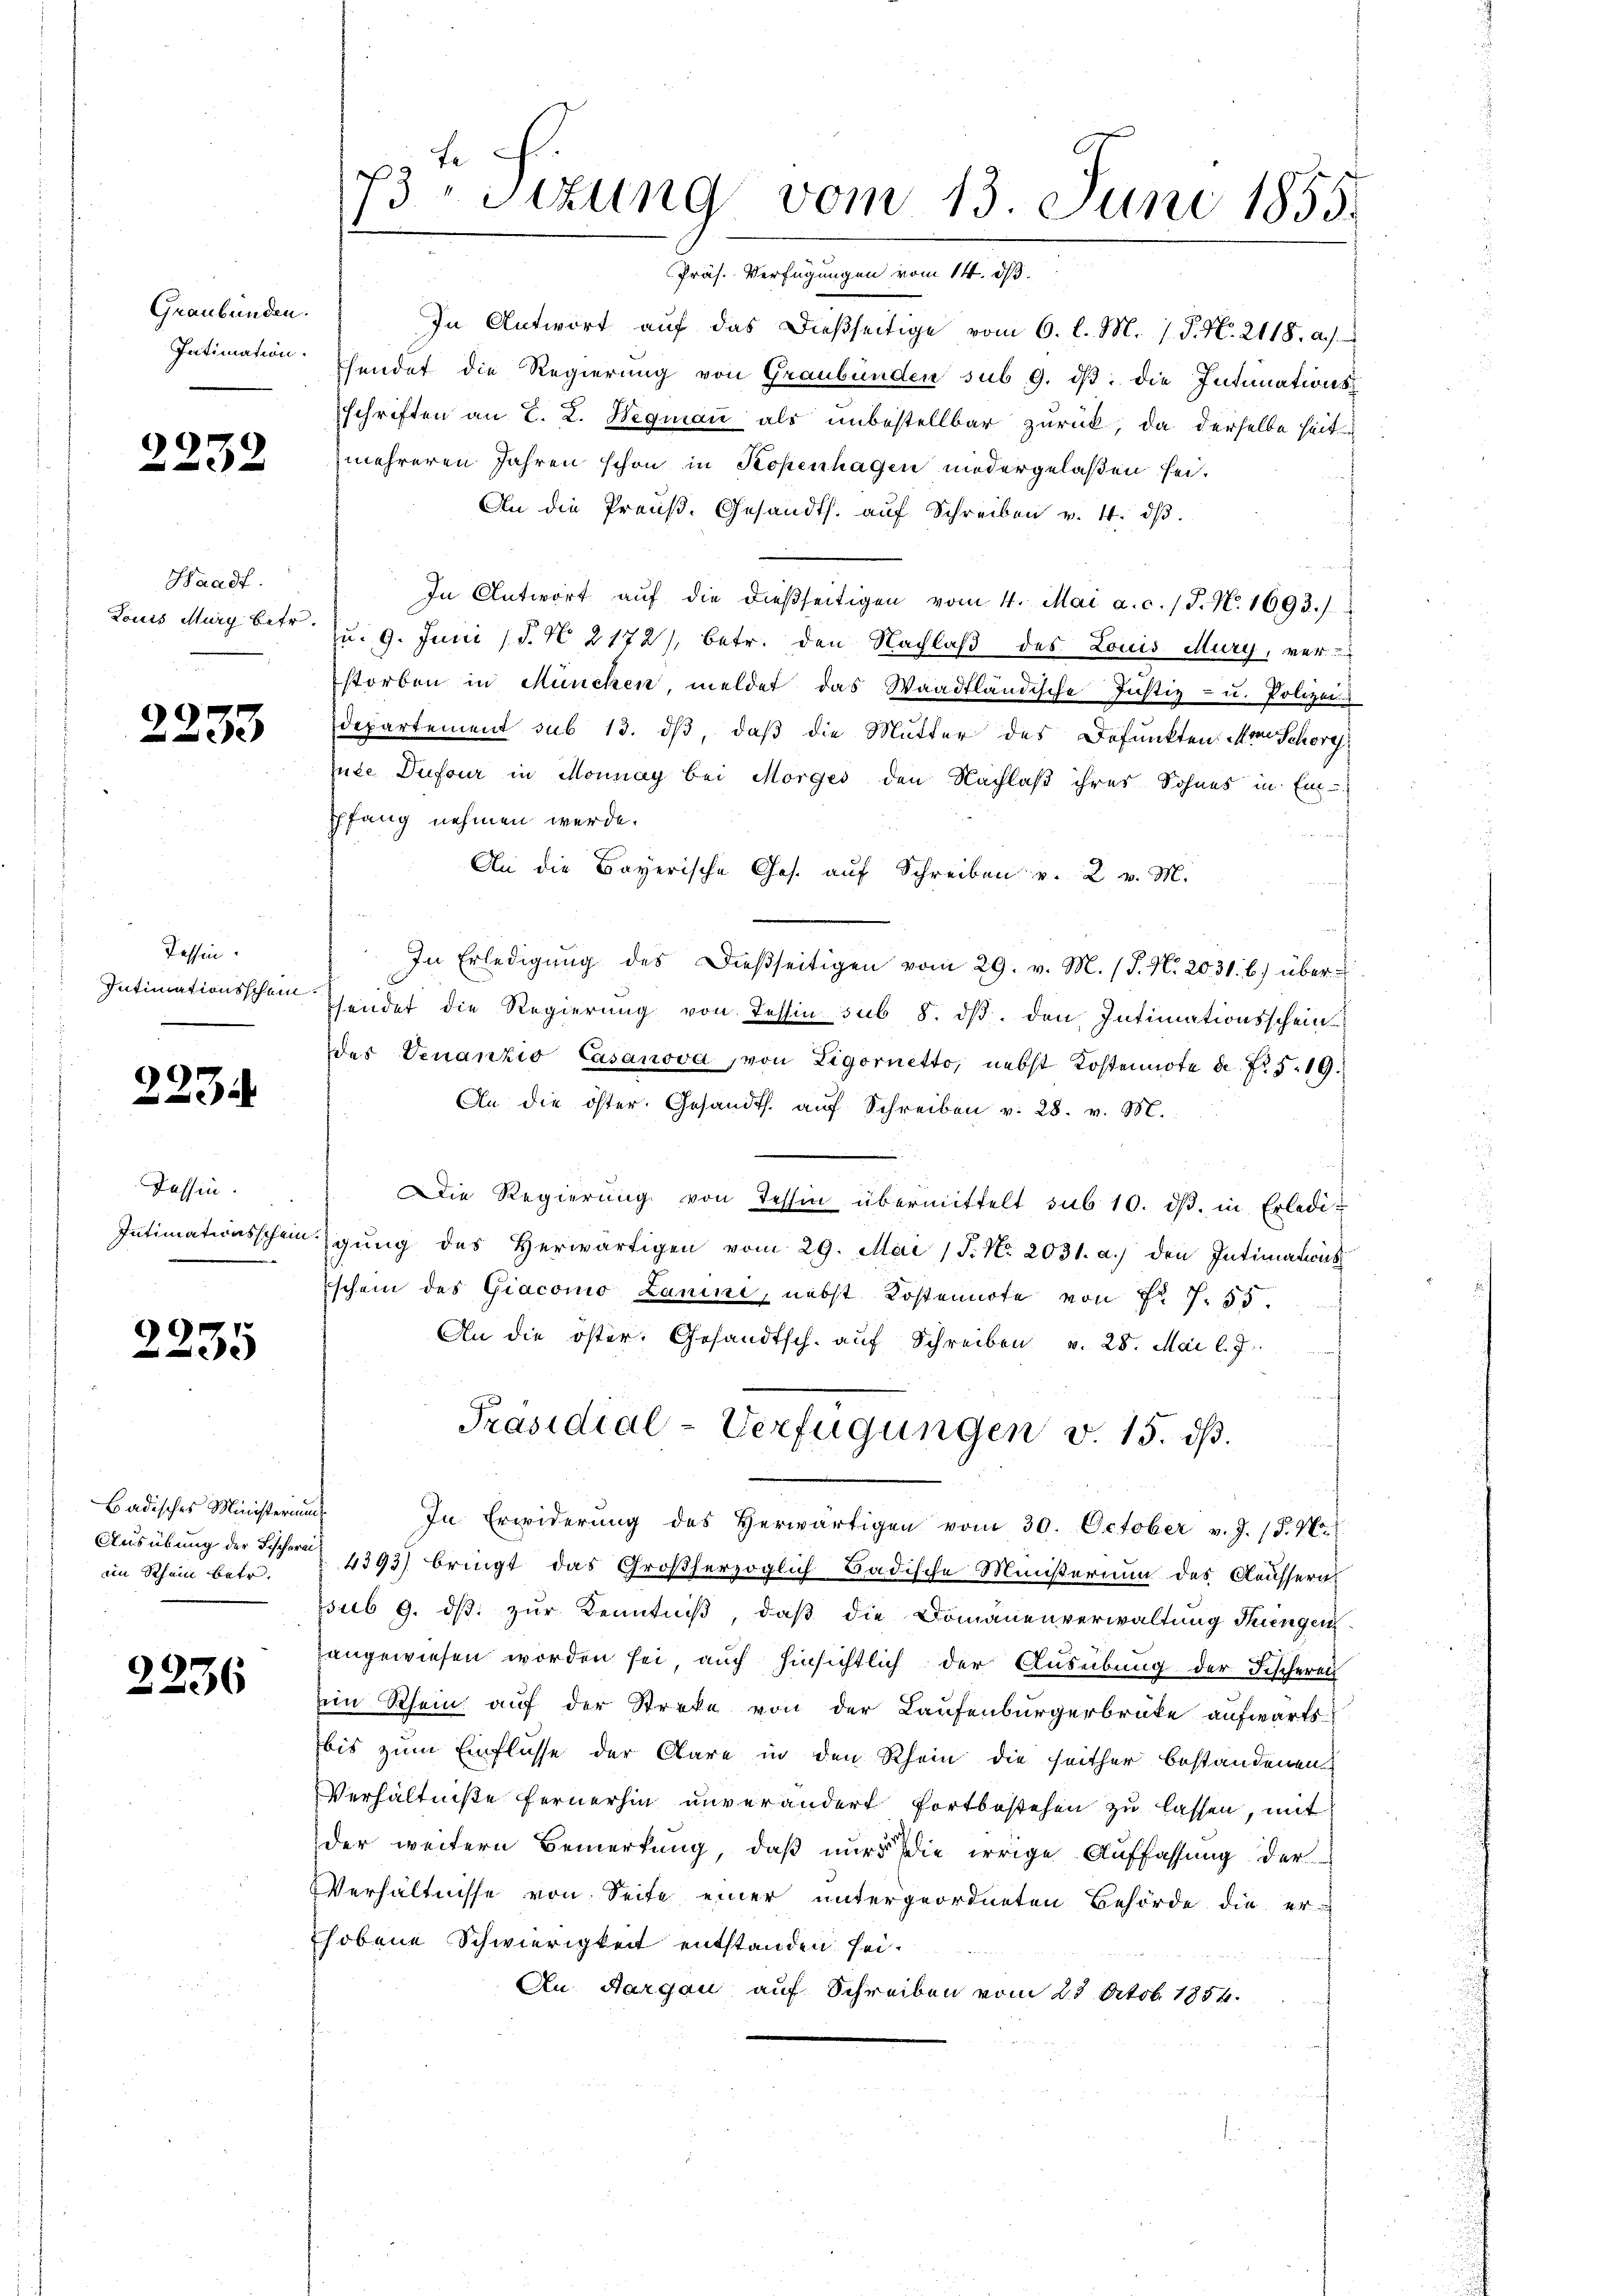
Graubünden.

2232

Waadt.

2233

Tessin.

2234

Tessin.

2235

Badisches Ministerium
Ausübung der Fischerei
im Schein betr.

2236

73 Sizung vom 13. Juni 1855.
Präs. Verfügungen vom 14. ds.

In Antwort aŭf das dießseitige vom 6. l. M. / P. Nr. 2118. a.).
Intimation hendet die Regierung von Graubünden sub 9. dβ: die Intimationsschriften an E. L. Wegmau als unbestellbar zurück, da derselbe heite
mehreren Jahren schon in Kopenhagen niedergelaßen sei.
An die Preŭβ. Gesandts. aŭf Schreiben v. 4. dβ.
In Antwort aŭf die dießseitigen vom 4. Mai a. c. 1 S. N. 1693.)
Louis Murg betr. zu. 9. Juni (§. N. 2172/, betr. den Nachlaß des Louis Mury, ver-
storben in München, meldet das Waadtländische Justiz- u. Polizei
Departement sub 13. dβ, daß die Mutter des Befunkten. Vom Schore
hute Dufour in Monnay bei Morges den Nachlaß ihres Sohnes in Ein-
Phfang nehmen werde.
An die Bayerische Ges. auf Schreiben v. 2. v. M.
In Erledigung des Dießseitigen vom 29. v. M. (T. N. 2031. b.) über¬
Intimationsschein hendet die Regierung von Tessin sub 8. dβ. den Intimationsschein
des Venanzio Casanova, von Ligornetto, nebst Kostennote de Nr. 5. 19.
An die öster. Gesandts. aŭf Schreiben v. 28. v. M.
Die Regierung von Tessin übermittelt sub 10. dβ. in Erledi¬
Intimationsscheinigŭng des herwärtigen vom 29. Mai 15. No. 2031. a.) den Intimations¬
Eschein des Giacomo Lanini, nebst Kostennote von Nr 7. 55.
An die öster: Gesandtsch. aŭf Schreiben v. 28. Mai l. J.
Präsidial-Verfügungen v. 15. ds.
In Erwiderung des Herwärtigen vom 30. October v. J. (T. N.
4393) bringt das Großherzoglich Badische Ministerium des Aeussern
sub 9. dβ zŭr Kenntniβ, daβ die Domänenverwaltung dingen
angewiesen worden sei, auch hinsichtlich der Ausübung der Fischerei
ein Rhein auf der Streke von der Laufenbürgerbrüke aufwärts
bis zum Einflüsse der Clare in den Rhein die seither bestandenen
Verhältniße fernerhin unverändert fortbestehen zu lassen, mit
der weitern Bemerkung, daß nur die irrige Auffassung der
Verhältnisse von Seite einer untergeordneten Behörde die erhobene Schwierigkeit entstanden sei.
An Aargau auf Schreiben vom 28 Octobr. 1854.